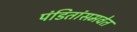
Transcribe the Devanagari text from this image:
पंडितांसमवेत